Civil Veterinary Department. Central Provinces & Berar 1925-31 - 1925-1931
Year: 1925
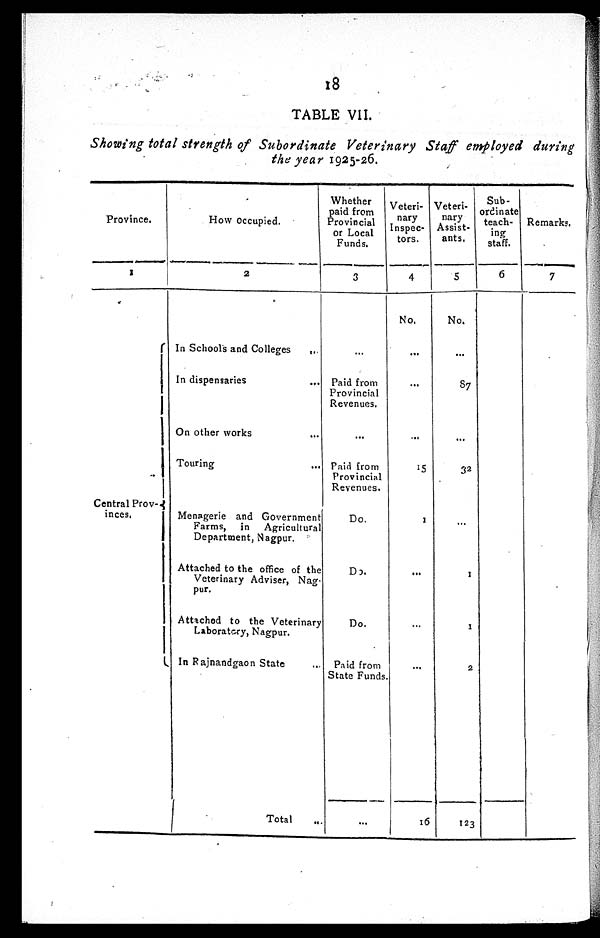
18
TABLE VII.
Showing total strength of Subordinate Veterinary Staff employed during
the year 1925-26.
Province.
1
Central Prov¬
inces.
How occupied.
2
In Schools and Colleges
...
In dispensaries ...
On other works ...
Touring ...
Menagerie and Government
Farms, in Agricultural
Department, Nagpur.
Attached to the office of the
Veterinary Adviser, Nag-
pur.
Attached to the Veterinary
Laboratory, Nagpur.
In Rajnandgaon State ...
Total ...
Whether
paid from
Provincial
or Local
Funds.
3
...
Paid from
Provincial
Revenues.
...
Paid from
Provincial
Revenues.
Do.
Do.
Do.
Paid from
State Funds.
...
Veteri-
nary
Inspec-
tors.
4
No.
...
...
...
15
1
...
...
...
16
Veteri-
nary
Assist-
ants.
5
No.
...
87
...
32
...
1
1
2
123
Sub-
ordinate
teach-
ing
staff.
6
Remarks.
7